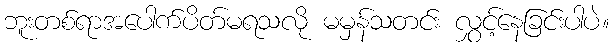
ဘူးတစ်ရာအပေါက်ပိတ်မရသလို မမှန်သတင်း လွှင့်နေခြင်းပါပဲ။